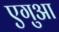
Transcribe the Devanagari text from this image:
एगुआ